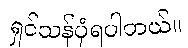
ရှင်သန်ပုံရပါတယ်။